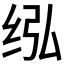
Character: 𰬋